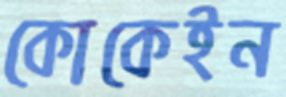
কোকেইন